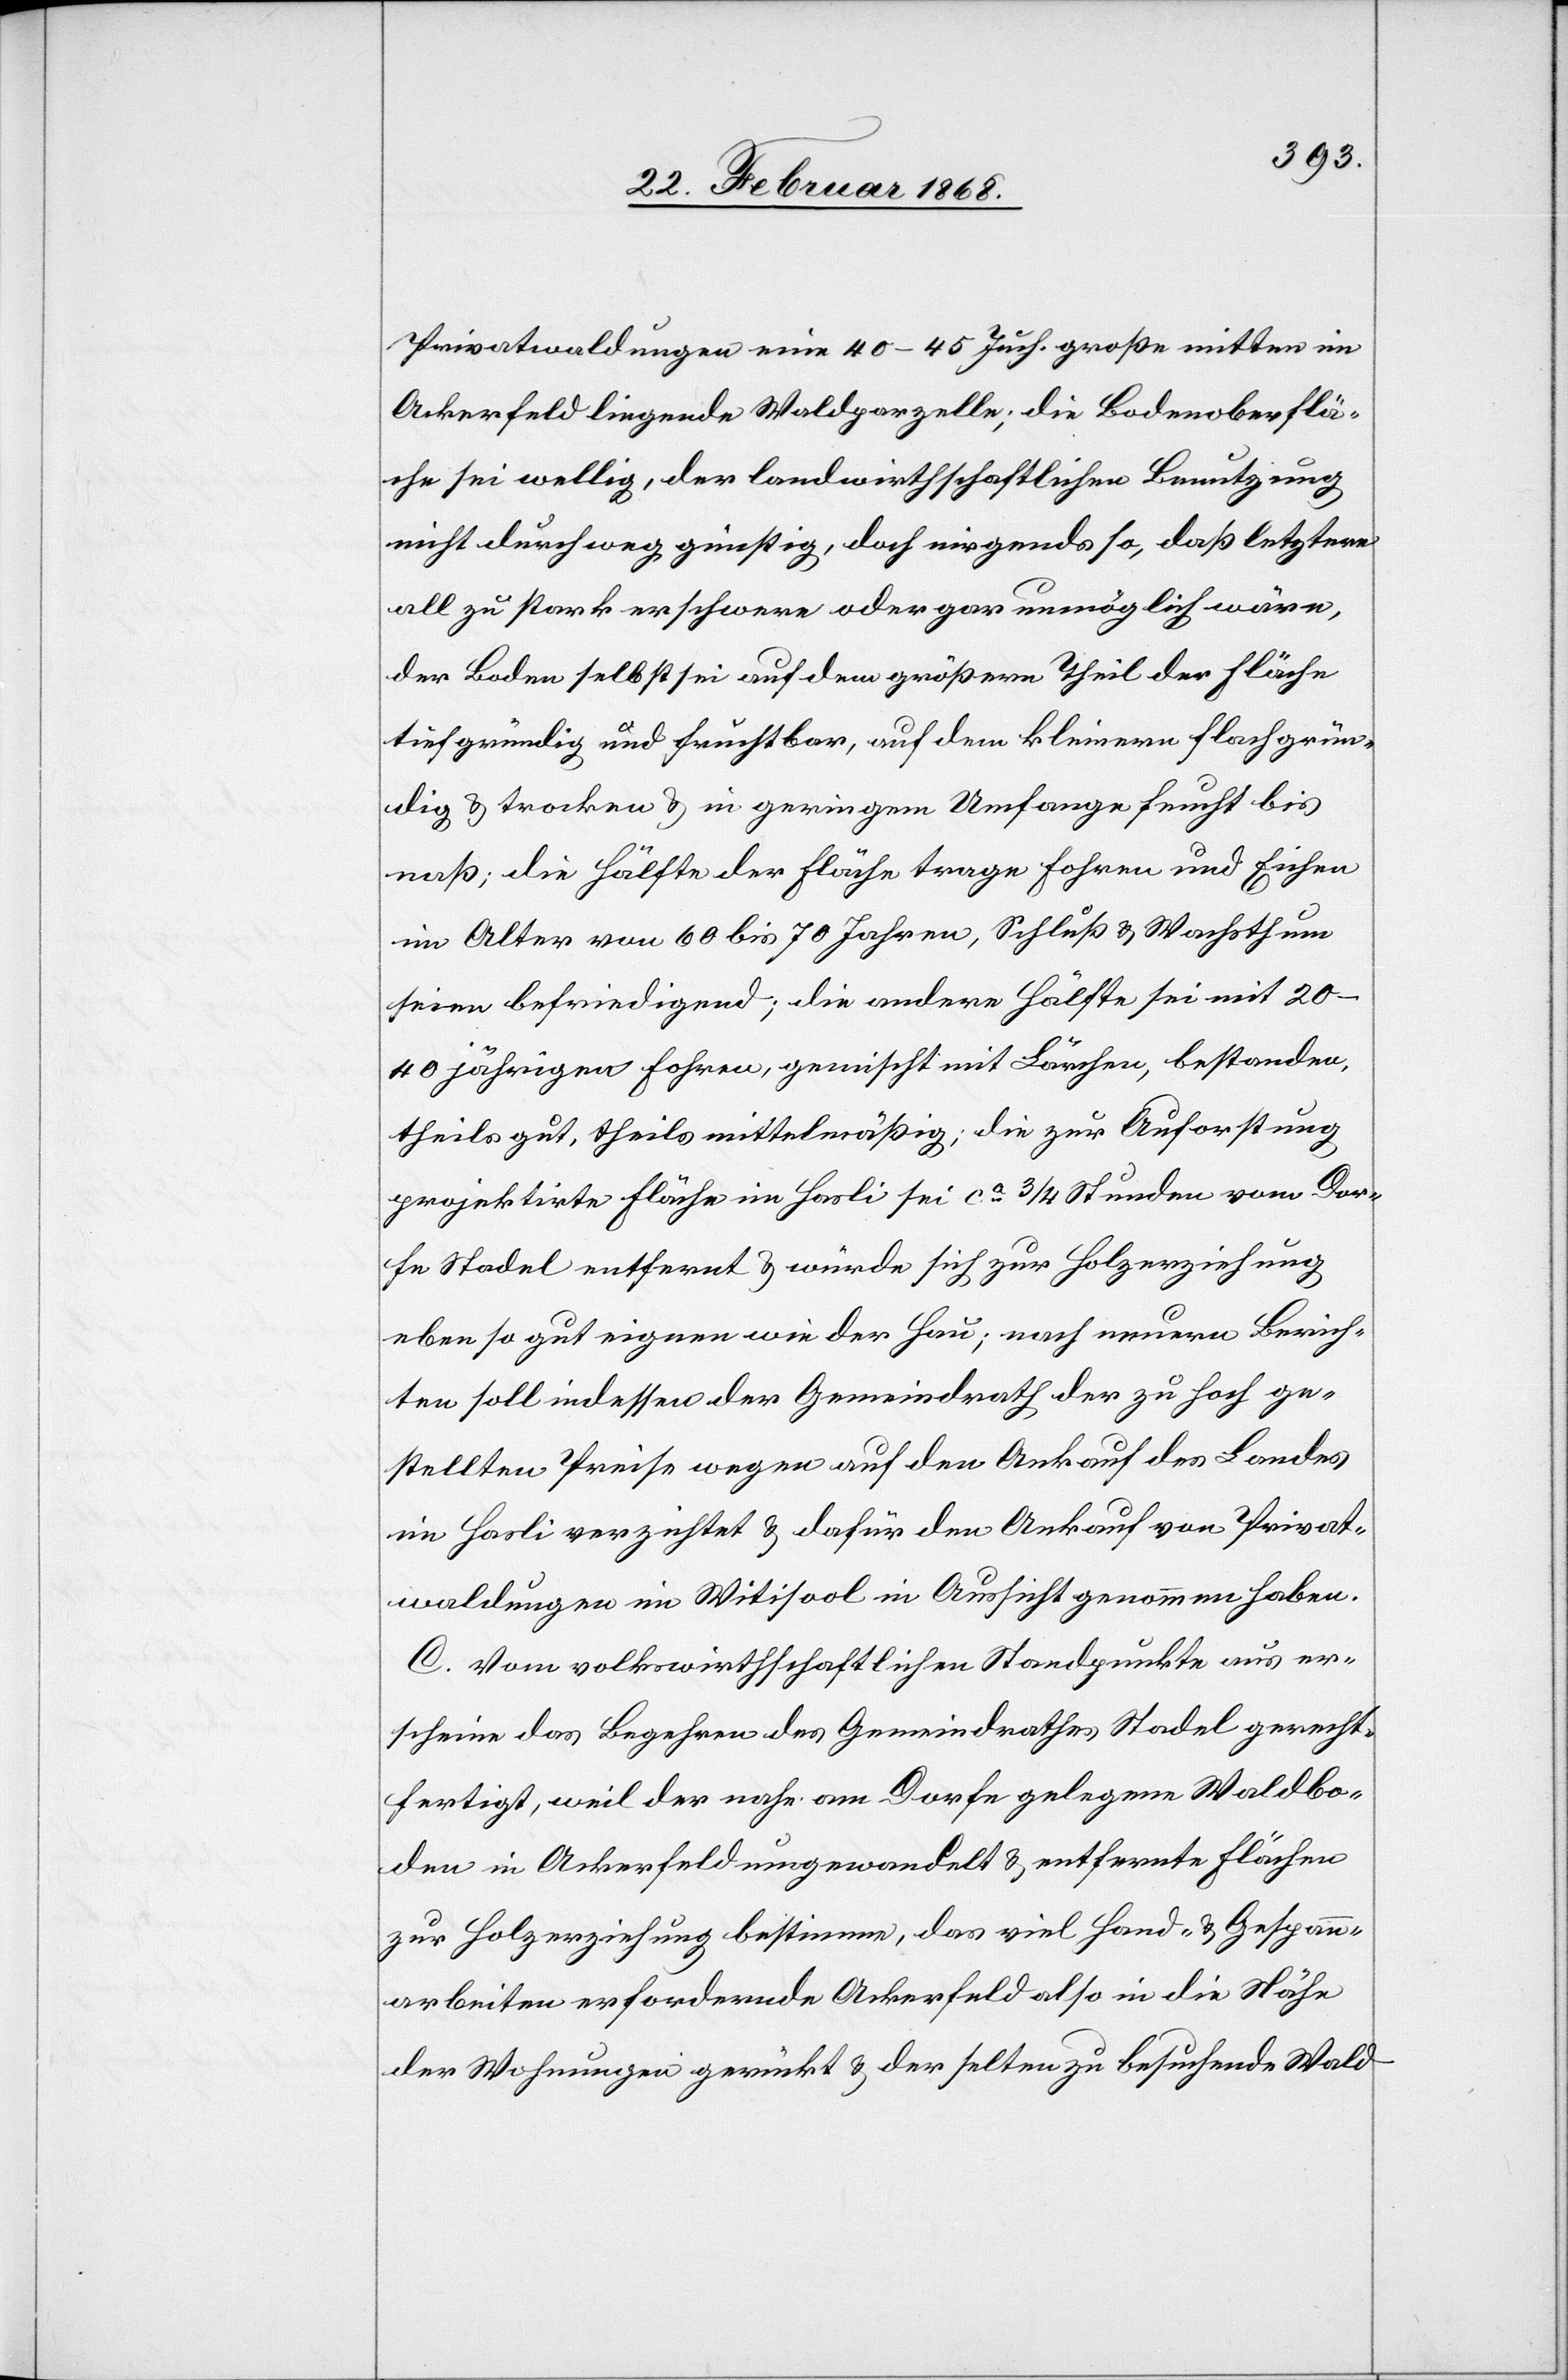
Privatwaldungen eine 40–45 Juch. große mitten im
Ackerfeld liegende Waldparzelle; die Bodenoberflä¬
che sei wellig, der landwirthschaftlichen Benutzung
nicht durchweg günstig, doch nirgends so, daß letztere
all zu stark erschwere [recte: erschwert] oder gar unmöglich wäre,
der Boden selbst sei auf dem größern Theil der Fläche
tiefgründig und fruchtbar, auf dem kleinern flachgrün¬
dig & trocken & in geringem Umfange feucht bis
naß; die Hälfte der Fläche trage Fohren und Eichen
im Alter von 60 bis 70 Jahren, Schluß & Wachsthum
seien befriedigend; die andere Hälfte sei mit 20–40
jährigen Fohren, gemischt mit Lärchen, bestanden,
theils gut, theils mittelmäßig; die zur Auf[f]orstung
projektirte Fläche im Hasli sei ca. 3/4 Stunden vom Dor¬
fe Stadel entfernt & würde sich zur Holzerziehung
eben so gut eignen wie der Hau; nach neuern Berich¬
ten soll indessen der Gemeindrath der zu hoch ge¬
stellten Preise wegen auf den Ankauf des Landes
im Hasli verzichtet & dafür den Ankauf von Privat¬
waldungen im Witisool in Aussicht genommen haben.
c.] Vom volkswirthschaftlichen Standpunkte aus er¬
scheine das Begehren des Gemeindrathes Stadel gerecht¬
fertigt, weil der nahe am Dorfe gelegene Waldbo¬
den in Ackerfeld umgewandelt & entfernte Flächen
zur Holzerziehung bestimme [recte: bestimmt], das viel Hand- & Gespan¬
narbeiten erfordernde Ackerfeld also in die Nähe
der Wohnungen gerückt & der selten zu besuchende Wald